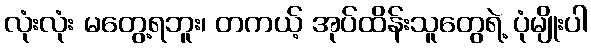
လုံးလုံး မတွေ့ရဘူး၊ တကယ့် အုပ်ထိန်းသူတွေရဲ့ ပုံမျိုးပါ